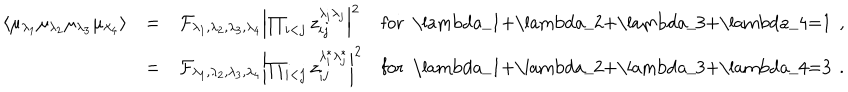
LaTeX: \begin{array} { r c l l } { { \langle \mu _ { \lambda _ { 1 } } \mu _ { \lambda _ { 2 } } \mu _ { \lambda _ { 3 } } \mu _ { \lambda _ { 4 } } \rangle } } & { { = } } & { { \mathcal { F } _ { \lambda _ { 1 } , \lambda _ { 2 } , \lambda _ { 3 } , \lambda _ { 4 } } \left| \prod _ { i < j } z _ { i j } ^ { \lambda _ { i } \lambda _ { j } } \right| ^ { 2 } } } & { { \mathrm { f o r ~ \ l a m b d a _ { 1 } + \ l a m b d a _ { 2 } + \ l a m b d a _ { 3 } + \ l a m b d a _ { 4 } = 1 ~ } \, , } } \\ { { } } & { { = } } & { { \mathcal { F } _ { \lambda _ { 1 } , \lambda _ { 2 } , \lambda _ { 3 } , \lambda _ { 4 } } \left| \prod _ { i < j } z _ { i j } ^ { \lambda _ { i } ^ { * } \lambda _ { j } ^ { * } } \right| ^ { 2 } } } & { { \mathrm { f o r ~ \ l a m b d a _ { 1 } + \ l a m b d a _ { 2 } + \ l a m b d a _ { 3 } + \ l a m b d a _ { 4 } = 3 ~ } \, . } } \\ \end{array}